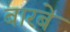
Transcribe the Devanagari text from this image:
बारबे